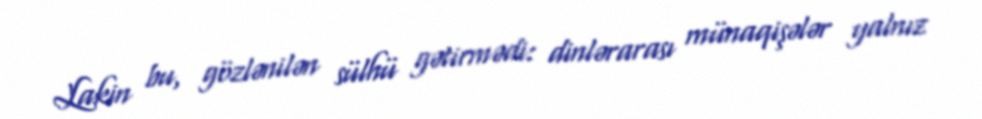
Lakin bu, gözlənilən sülhü gətirmədi: dinlərarası münaqişələr yalnız